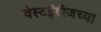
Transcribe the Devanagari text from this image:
वेस्टइंडीजच्या